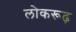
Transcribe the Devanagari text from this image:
लोकरूढ़